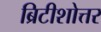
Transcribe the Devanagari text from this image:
ब्रिटीशोत्तर